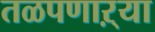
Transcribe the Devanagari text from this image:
तळपणाऱ्या